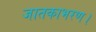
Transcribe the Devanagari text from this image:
जातकाभरण।